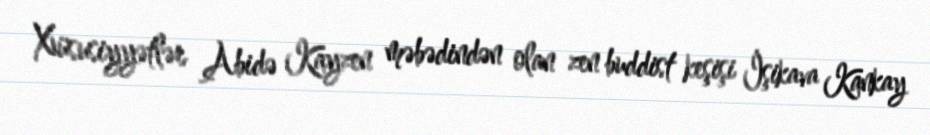
Xüsusiyyətlər Abidə Kayzen məbədindən olan zen buddist keşişi İşikava Kankay